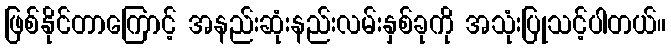
ဖြစ်နိုင်တာကြောင့် အနည်းဆုံးနည်းလမ်းနှစ်ခုကို အသုံးပြုသင့်ပါတယ်။